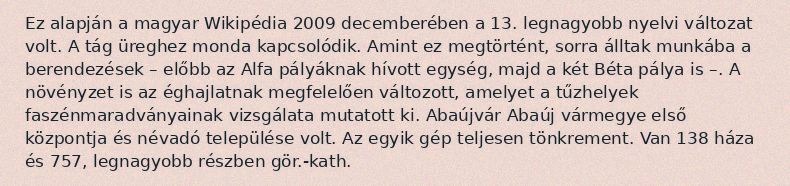
Ez alapján a magyar Wikipédia 2009 decemberében a 13. legnagyobb nyelvi változat volt. A tág üreghez monda kapcsolódik. Amint ez megtörtént, sorra álltak munkába a berendezések – előbb az Alfa pályáknak hívott egység, majd a két Béta pálya is –. A növényzet is az éghajlatnak megfelelően változott, amelyet a tűzhelyek faszénmaradványainak vizsgálata mutatott ki. Abaújvár Abaúj vármegye első központja és névadó települése volt. Az egyik gép teljesen tönkrement. Van 138 háza és 757, legnagyobb részben gör.-kath.